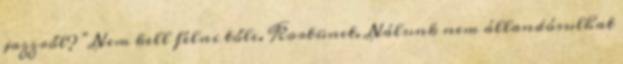
jazzről? "Nem kell félni tőle. Kortünet. Nálunk nem állandósulhat